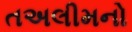
તઅલીમનો